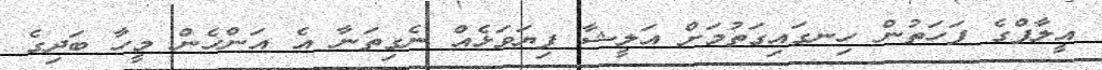
އީލާފްގެ ފަހަތުން ހިނގައިގަތުމަށް އަލީޝާ ފިޔަވަޅެއް ނެގިތަނާ އެ އަންހެން މީހާ ބަދިގެ